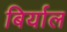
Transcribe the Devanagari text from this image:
बिर्याल